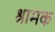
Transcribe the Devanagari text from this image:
श्रामक